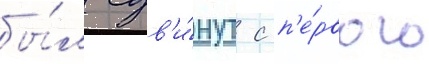
бы́л сдв'и́нут с п'е́рвого